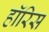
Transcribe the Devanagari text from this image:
हॉरिस